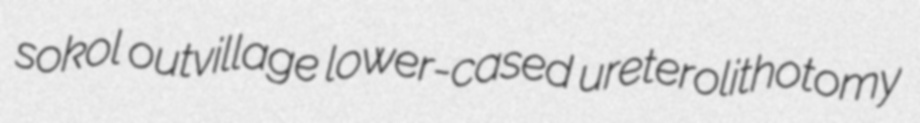
sokol outvillage lower-cased ureterolithotomy